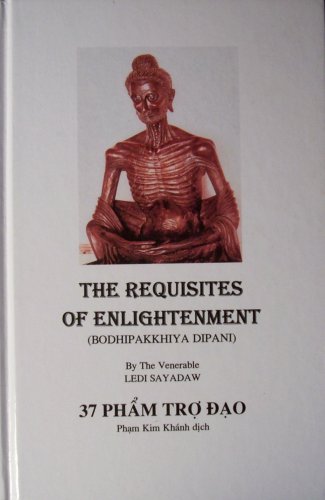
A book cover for The Requisites of Enlightenment (Bodhipakkhiya Dipani) / 37 Pham Tro Dao; Ledi Sayadaw; Religion & Spirituality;